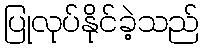
ပြုလုပ်နိုင်ခဲ့သည်